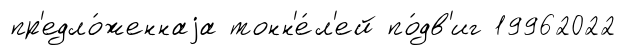
пр'едло́женнаjа тонн'е́л'ей по́дв'иг 19962022